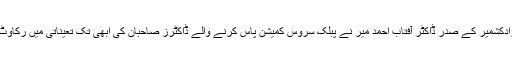
2015ء) پاکستان میڈیکل ایسوسی ایشن آزادکشمیر کے صدر ڈاکٹر آفتاب احمد میر نے پبلک سروس کمیشن پاس کرنے والے ڈاکٹرز صاحبان کی ابھی تک تعیناتی میں رکاوٹ محکمہ صحت عامہ کی بد نیتی قرار دیا۔